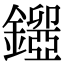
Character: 𨮃